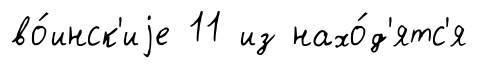
во́инск'иjе 11 из нахо́д'ятс'я